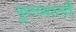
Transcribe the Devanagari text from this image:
फूलमाली